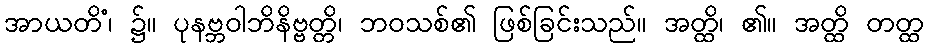
အာယတိံ၊ ၌။ ပုနဗ္ဘဝါဘိနိဗ္ဗတ္တိ၊ ဘဝသစ်၏ ဖြစ်ခြင်းသည်။ အတ္ထိ၊ ၏။ အတ္ထိ တတ္ထ